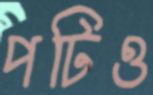
পটিও